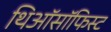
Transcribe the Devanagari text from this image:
थिऑसॉफिस्ट